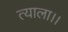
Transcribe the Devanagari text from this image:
त्याला।।